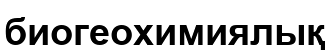
биогеохимиялық